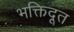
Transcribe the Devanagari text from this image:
भक्तिदूत